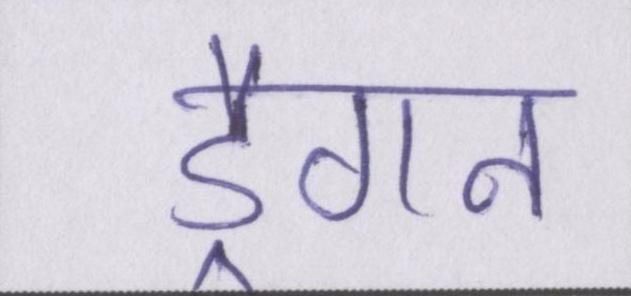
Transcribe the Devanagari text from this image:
ड्रैगन